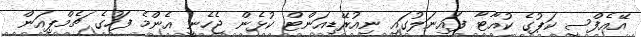
އޭއެފްސީ ކަޕުގެ ކުއާޓާ ފައިނަލުގައި ނިއުރޭޑިއަންޓް ކުޅެން ޖެހެނީ އެންމެ ފަހުގެ ޗެމްޕިއަން